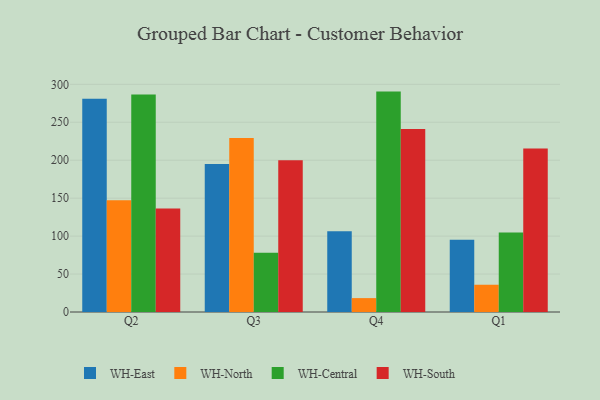
{"axis": {"x": "Quarter", "y": "Demand Index"}, "legend": ["WH-Central", "WH-East", "WH-North", "WH-South"], "data": [{"x": "Q2", "y": 281.0, "type": "WH-East"}, {"x": "Q2", "y": 147.2, "type": "WH-North"}, {"x": "Q2", "y": 286.7, "type": "WH-Central"}, {"x": "Q2", "y": 136.3, "type": "WH-South"}, {"x": "Q3", "y": 194.9, "type": "WH-East"}, {"x": "Q3", "y": 229.4, "type": "WH-North"}, {"x": "Q3", "y": 78.2, "type": "WH-Central"}, {"x": "Q3", "y": 199.9, "type": "WH-South"}, {"x": "Q4", "y": 106.5, "type": "WH-East"}, {"x": "Q4", "y": 18.3, "type": "WH-North"}, {"x": "Q4", "y": 290.4, "type": "WH-Central"}, {"x": "Q4", "y": 241.2, "type": "WH-South"}, {"x": "Q1", "y": 95.1, "type": "WH-East"}, {"x": "Q1", "y": 35.9, "type": "WH-North"}, {"x": "Q1", "y": 104.6, "type": "WH-Central"}, {"x": "Q1", "y": 215.5, "type": "WH-South"}]}